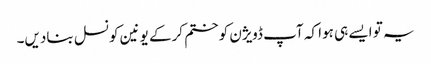
یہ تو ایسے ہی ہوا کہ آپ ڈویژن کو ختم کرکے یونین کونسل بنادیں۔